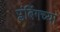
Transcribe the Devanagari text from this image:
प्लंबिंगच्या